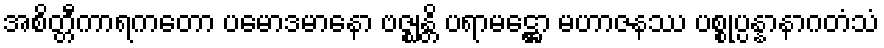
အစိတ္တီကာရကတော ပမောဒမာနော ဗဇ္ဈန္တိ ပရာမဋ္ဌော မဟာဇနဿ ပစ္စုပ္ပန္နာနာဂတံသံ